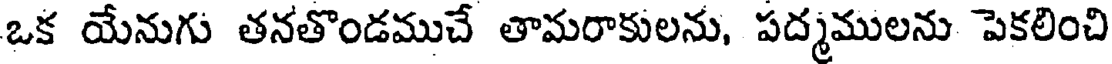
ఒక యేనుగు తనతొండముచే తామరాకులను, పద్మములను పెకలించి